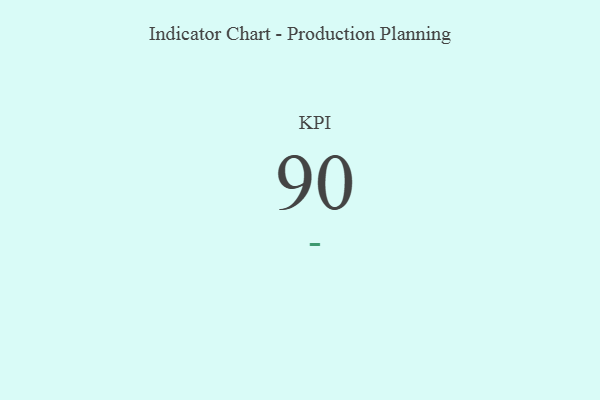
{"axis": {"x": "KPI", "y": "Value"}, "legend": [""], "data": [{"x": "KPI", "y": 90, "type": ""}]}